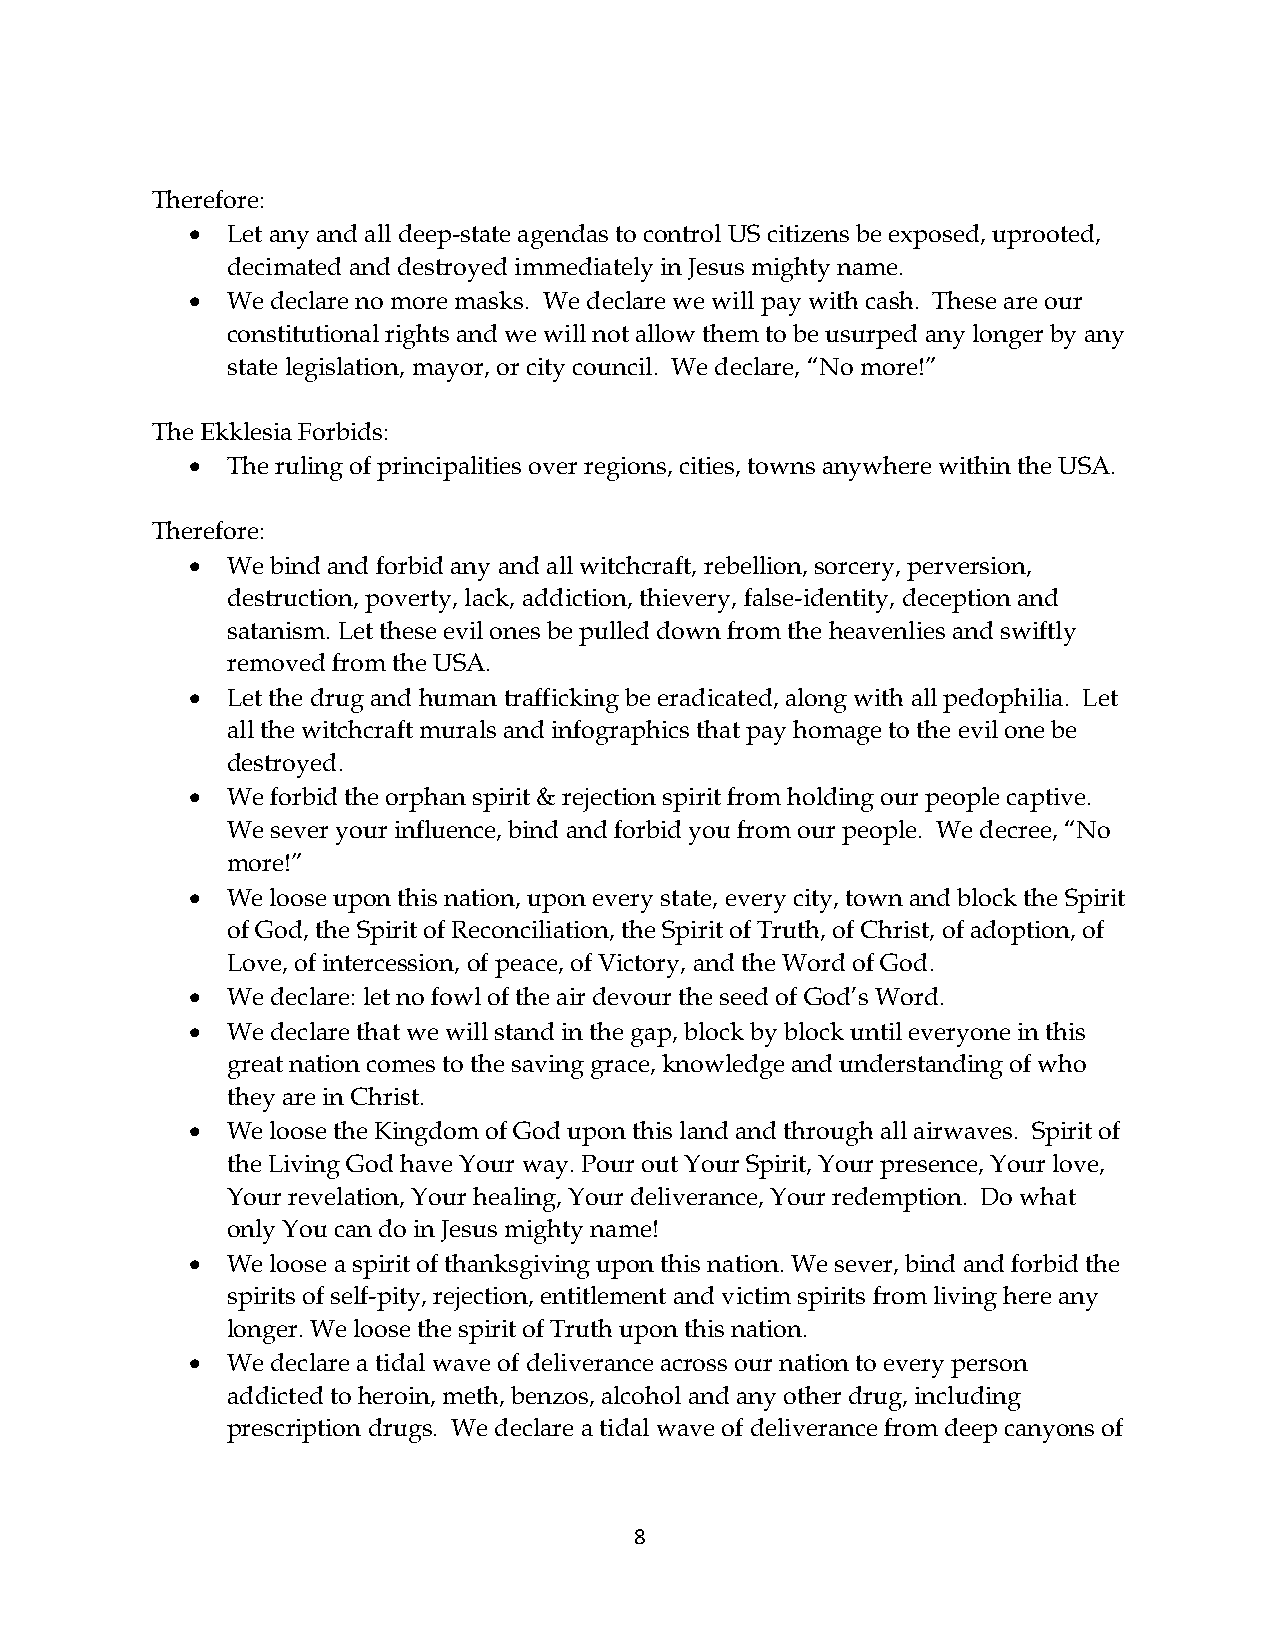
Therefore:
 • Let any and all deep-state agendas to control US citizens be exposed, uprooted,
 decimated and destroyed immediately in Jesus mighty name.
 • We declare no more masks. We declare we will pay with cash. These are our
 constitutional rights and we will not allow them to be usurped any longer by any
 state legislation, mayor, or city council. We declare, “No more!”
 The Ekklesia Forbids:
 • The ruling of principalities over regions, cities, towns anywhere within the USA.
 Therefore:
 • We bind and forbid any and all witchcraft, rebellion, sorcery, perversion,
 destruction, poverty, lack, addiction, thievery, false-identity, deception and
 satanism. Let these evil ones be pulled down from the heavenlies and swiftly
 removed from the USA.
 • Let the drug and human trafficking be eradicated, along with all pedophilia. Let
 all the witchcraft murals and infographics that pay homage to the evil one be
 destroyed.
 • We forbid the orphan spirit & rejection spirit from holding our people captive.
 We sever your influence, bind and forbid you from our people. We decree, “No
 more!”
 • We loose upon this nation, upon every state, every city, town and block the Spirit
 of God, the Spirit of Reconciliation, the Spirit of Truth, of Christ, of adoption, of
 Love, of intercession, of peace, of Victory, and the Word of God.
 • We declare: let no fowl of the air devour the seed of God’s Word.
 • We declare that we will stand in the gap, block by block until everyone in this
 great nation comes to the saving grace, knowledge and understanding of who
 they are in Christ.
 • We loose the Kingdom of God upon this land and through all airwaves. Spirit of
 the Living God have Your way. Pour out Your Spirit, Your presence, Your love,
 Your revelation, Your healing, Your deliverance, Your redemption. Do what
 only You can do in Jesus mighty name!
 • We loose a spirit of thanksgiving upon this nation. We sever, bind and forbid the
 spirits of self-pity, rejection, entitlement and victim spirits from living here any
 longer. We loose the spirit of Truth upon this nation.
 • We declare a tidal wave of deliverance across our nation to every person
 addicted to heroin, meth, benzos, alcohol and any other drug, including
 prescription drugs. We declare a tidal wave of deliverance from deep canyons of
 8